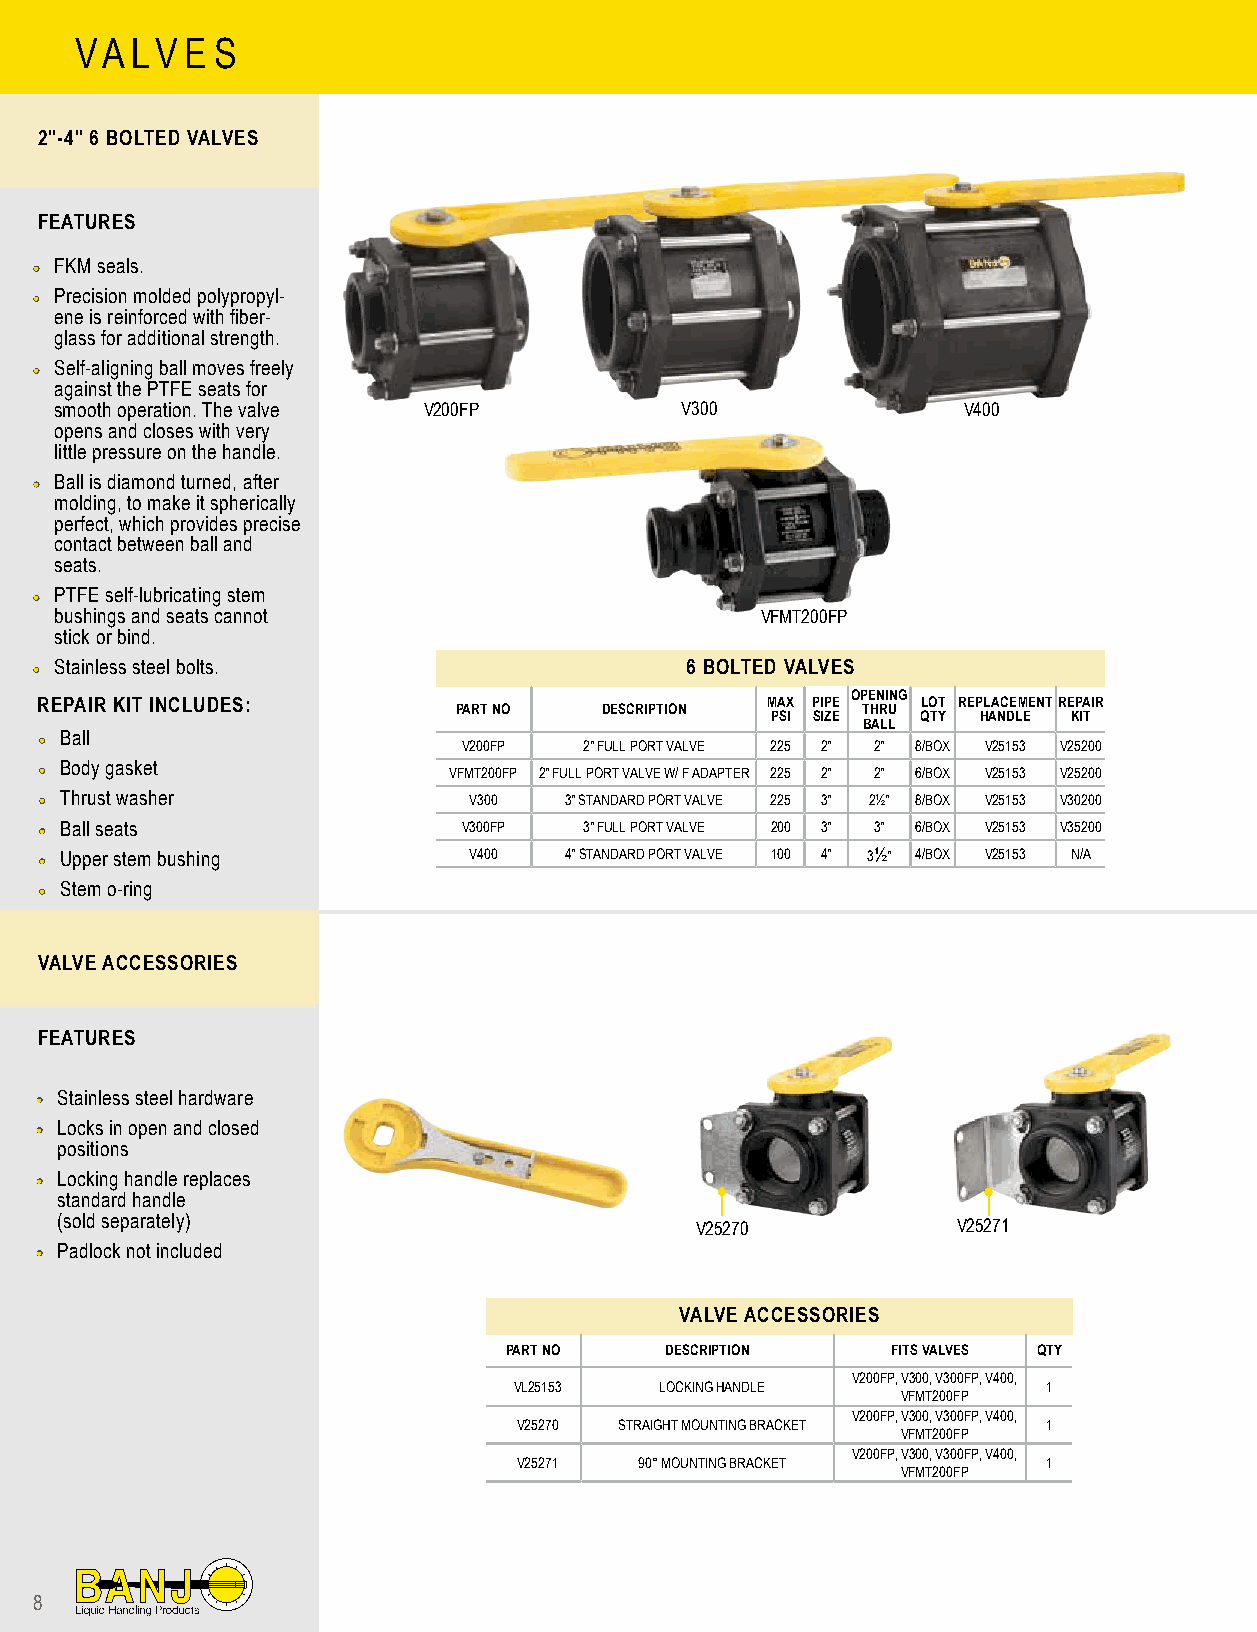
VA  LV E S
 2"-4" 6 BOLTED VALVES
 FEATURES
 •• FKM seals.
 •• Precision molded polypropyl-
 ene is reinforced with fiber-
 glass for additional strength.
 •• Self-aligning ball moves freely
 against the PTFE seats for
 smooth operation. The valve V200FP       V300               V400
 opens and closes with very
 little pressure on the handle.
 •• Ball is diamond turned, after
 molding, to make it spherically
 perfect, which provides precise
 contact between ball and
 seats.
 •• PTFE self-lubricating stem
 bushings and seats cannot                     VFMT200FP
 stick or bind.
 •• Stainless steel bolts.                  6 BOLTED VALVES
 OPENING
 REPAIR KIT INCLUDES:        PART NO   DESCRIPTION MAX PIPE THRU LOT REPLACEMENTREPAIR
 PSI SIZE  QTY HANDLE KIT
 BALL
 •• Ball                     V200FP  2" FULL PORT VALVE 225 2" 2" 8/BOX V25153 V25200
 •• Body gasket             VFMT200FP 2" FULL PORT VALVE W/ F ADAPTER 225 2" 2" 6/BOX V25153 V25200
 •• Thrust washer            V300  3" STANDARD PORT VALVE 225 3" 2½" 8/BOX V25153 V30200
 •• Ball seats               V300FP  3" FULL PORT VALVE 200 3" 3" 6/BOX V25153 V35200
 •• Upper stem bushing       V400  4" STANDARD PORT VALVE 100 4" 3½" 4/BOX V25153 N/A
 •• Stem o-ring
 VALVE ACCESSORIES
 FEATURES
 •• Stainless steel hardware
 •• Locks in open and closed
 positions
 •• Locking handle replaces
 standard handle
 (sold separately)                         V25270           V25271
 •• Padlock not included
 VALVE ACCESSORIES
 PART NO    DESCRIPTION    FITS VALVES QTY
 V200FP, V300, V300FP, V400,
 VL25153   LOCKING HANDLE           1
 VFMT200FP
 V200FP, V300, V300FP, V400,
 V25270 STRAIGHT MOUNTING BRACKET   1
 VFMT200FP
 V200FP, V300, V300FP, V400,
 V25271  90° MOUNTING BRACKET       1
 VFMT200FP
 8